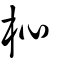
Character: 杺